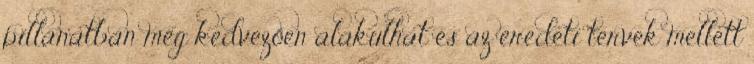
pillanatban még kedvezően alakulhat és az eredeti tervek mellett